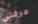
عرفتى